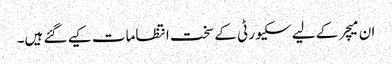
ان میچر کے لیے سکیورٹی کے سخت انتظامات کیے گئے ہیں۔